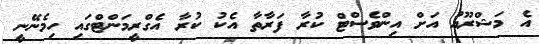
އެ މަޝްރޫއު އަށް އިންވެސްޓް ކުރާ ފަރާތާ އެކު ކުރާ އެގްރީމަންޓްގައި ހިމެނޭނީ